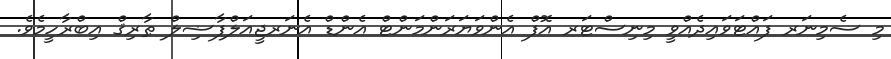
މި ސެމިނަރ ފައްޓަވައިދެއްވީ މިނިސްޓަރ އޮފް އެންވަޔަރަންމަންޓް އެންޑް އެނަރޖީއަލްފާޟިލް ޠާރިޤް އިބްރާހީމެވެ.